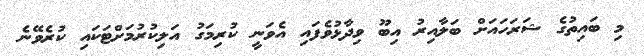
މި ބައިތުގެ ޝަރަހައަށް ބަލާއިރު އިބޫ ވިދާޅުވެފައި އެވަނީ ކުރިމަގު އަލިކުރުމަށްޓަކައި ކުރެވޭނެ